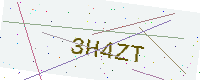
Text: 3H4ZT